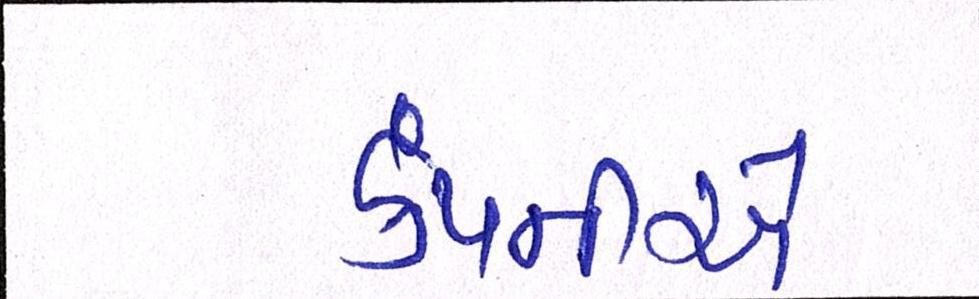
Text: કંપનીએ